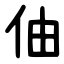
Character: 伷